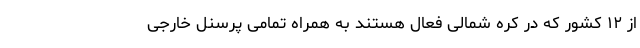
از ۱۲ کشور که در کره شمالی فعال هستند به همراه تمامی پرسنل خارجی